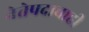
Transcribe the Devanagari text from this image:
नेतेपदाचाही